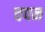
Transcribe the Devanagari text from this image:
चपन